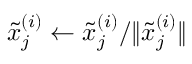
\tilde { x } _ { j } ^ { ( i ) } \leftarrow \tilde { x } _ { j } ^ { ( i ) } / \| \tilde { x } _ { j } ^ { ( i ) } \|